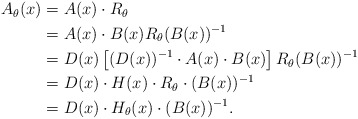
\begin{align*}\begin{aligned}A_\theta(x)&=A(x)\cdot R_\theta\\&=A(x)\cdot B(x)R_\theta(B(x))\sp{-1}\\&=D(x)\left[(D(x))\sp{-1}\cdot A(x)\cdot B(x)\right]R_\theta(B(x))\sp{-1}\\&=D(x)\cdot H(x)\cdot R_\theta\cdot(B(x))\sp{-1}\\&=D(x)\cdot H_\theta(x)\cdot(B(x))\sp{-1}.\end{aligned}\end{align*}